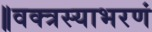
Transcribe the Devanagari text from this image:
॥वक्त्रस्याभरणं